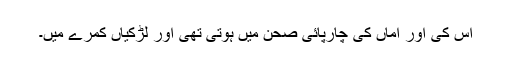
اس کی اور اماں کی چارپائی صحن میں ہوتی تھی اور لڑکیاں کمرے میں۔